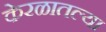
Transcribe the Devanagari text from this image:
केरळातल्या